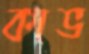
কাভ